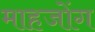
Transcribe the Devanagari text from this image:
माहजोंग